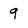
Character: 9